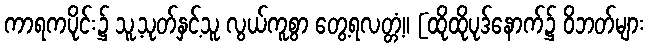
ကာရကပိုင်း၌ သူ့သုတ်နှင့်သူ လွယ်ကူစွာ တွေ့ရလတ္တံ့။ [ထိုထိုပုဒ်နောက်၌ ဝိဘတ်များ